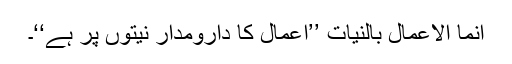
انما الاعمال بالنیات ’’اعمال کا دارومدار نیتوں پر ہے‘‘۔